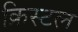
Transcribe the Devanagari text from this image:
क्रिस्‍टल